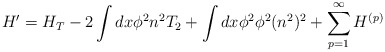
\begin{align*}H^{\prime} = H_{T} - 2\int dx \phi^{2} n^{2}T_{2} + \int dx\phi^{2}\phi^{2}(n^{2})^{2} + \sum_{p=1}^{\infty}H^{(p)}\end{align*}